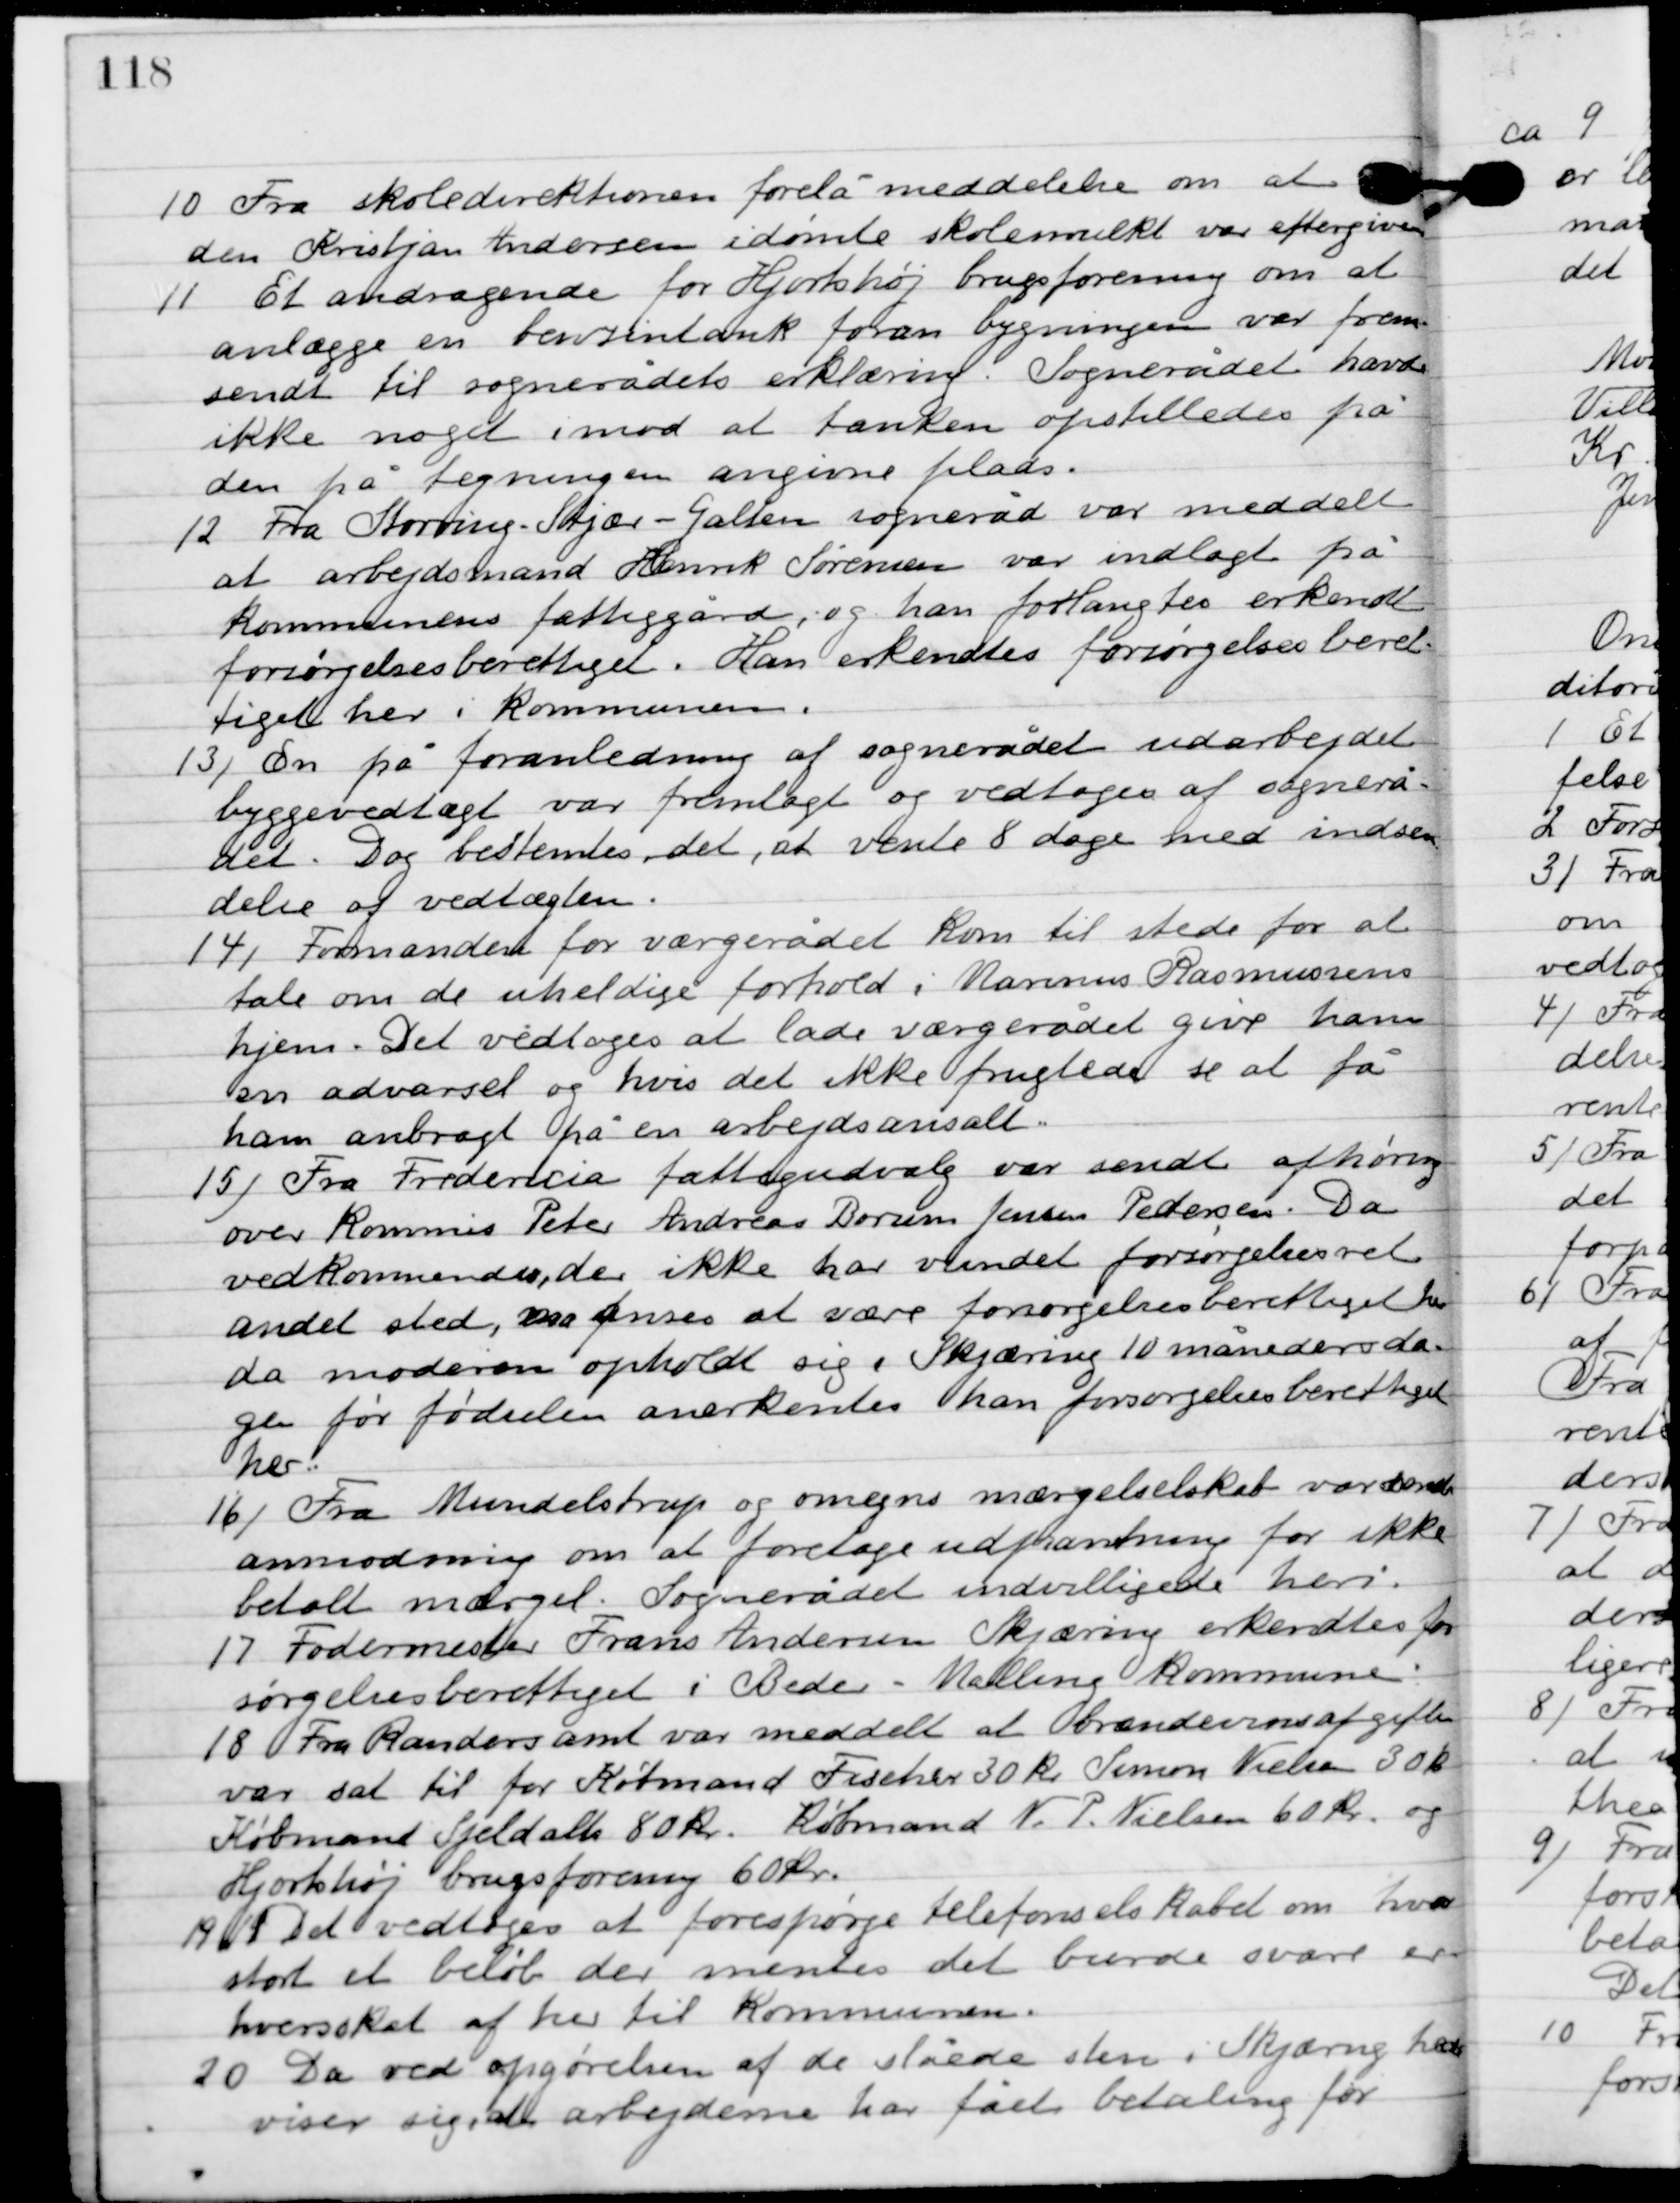
Transskription:
10

Fra skoledirektionen forelå meddelelse om at
den Kristjan Andersen idømte skolemulkt var eftergiven.

11

Et andragende for Hjortshøj brugsforening om at
anlægge en benzintank foran bygningen var frem-
sendt til sognerådets erklæring. Sognerådet havde
ikke noget imod at tanken opstilledes på den på
tegningen angivne plads.

12

Fra Storing-Stjær-Galten sogneråd var meddelt
at arbejdsmand Henrik Sørensen var indlagt på
kommunens fattiggård, og han forlangtes erkendt
forsøgelsesberettiget. Han erkendtes forsørgelsesberet-
tiget her i kommunen.

13

En på foranledning af sognerådet udarbejdet
 byggevedtægt var fremlagt og vedtoges af sognerå-
det. Dog bestemtes det, at vente 8 dage med indsen-
delse af vedtægten.

14

Formanden for værgerådet kom til stede for at
 tale om de uheldige forhold i Marinus Rasmussen
hjem. Det vedtoges at lade værgerådet give ham
en advarsel og hvis det ikke fulgtes se at få
ham anbragt på en arbejdsanstalt.

15

Fra Fredericia fattigudvalg var sendt afhøring
over Kommis Peter Andreas Borum Jensen Pedersen. Da
vedkommende, der ikke har vundet forsørgelsesret
andet sted, må anses at være forsørgelsesberettiget her,
da moderen opholdt sig i Skjæring 10 måneders da-
gen før fødselen anerkendtes han forsørgelsesberettiget
her.

16

Fra Mundelstrup og omegns mærgelselskab var sendt
anmodning om at foretage udpantning for ikke
betalt mærgel. Sognerådet indvilligede heri.

17

Fodermester Frans Andersen Skjæring erkendtes for-
sørgelsesberettiget i Beder-Malling kommune.

18

Fra Randers amt var meddelt at brændevinsafgiften
var sat til for Købmand Fischer 30 kr. Simon Nielsen 30 kr.
Købmand Schjeldahl 80 kr. Købmand N. Nielsen 60 kr. og
 Hjortshøj brugsforening 60 kr.

19

Det vedtoges at forespørge telefonselskabet om hvor
stort et beløb der mentes det burde svare er-
hvervsskat af her til kommunen.

20

Da ved opgørelsen af de slåede sten i Skjæring hede
viser sig at arbejderne har fået betaling for